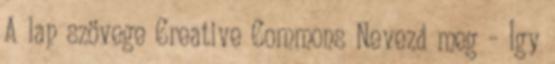
A lap szövege Creative Commons Nevezd meg – Így